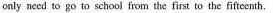
only need to go to school from the first to the fiftecnth.